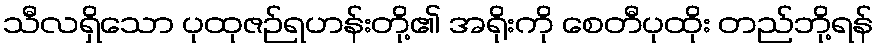
သီလရှိသော ပုထုဇဉ်ရဟန်းတို့၏ အရိုးကို စေတီပုထိုး တည်ဘို့ရန်